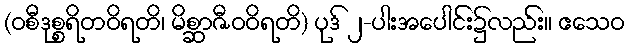
(ဝစီဒုစ္စရိတဝိရတိ၊ မိစ္ဆာဇီဝဝိရတိ) ပုဒ် ၂-ပါးအပေါင်း၌လည်း။ ဧသေဝ